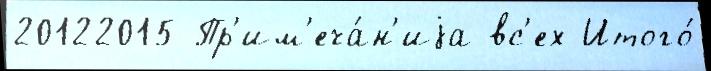
20122015 Пр'им'еча́н'иjа вс'ех Итого́